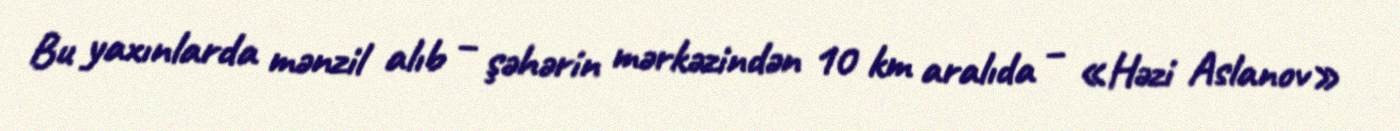
Bu yaxınlarda mənzil alıb – şəhərin mərkəzindən 10 km aralıda – «Həzi Aslanov»